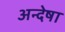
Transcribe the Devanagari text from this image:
अन्देषा